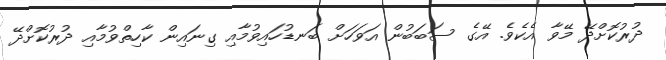
ދުރުކޮށްދޭ މޭވާ އެކެވެ. އޭގެ ސަބަބުން އަވަހަށް ބަނޑުހައިވުމާއި ގިނައިން ކާހިތްވުމާއި ދުރުކޮށްދޭ